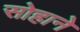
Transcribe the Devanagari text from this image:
सोहाने